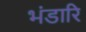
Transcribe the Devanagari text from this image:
भंडारि